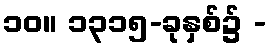
၁၀။ ၁၃၁၅-ခုနှစ်၌ -